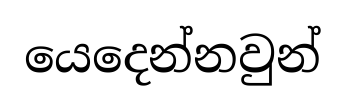
යෙදෙන්නවුන්